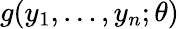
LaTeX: g(y_{1},\dots,y_{n};\theta)